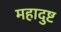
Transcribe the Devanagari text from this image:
महादुष्ट